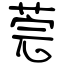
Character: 莞